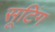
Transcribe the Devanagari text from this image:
सूटिंग